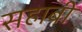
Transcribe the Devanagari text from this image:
सहाबी